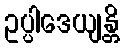
ဥပ္ပါဒေယျန္တိ